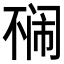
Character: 𱍡